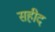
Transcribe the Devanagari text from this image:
सहीद